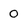
Character: 0